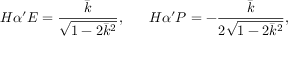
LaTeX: H \alpha ^ { \prime } E = \frac { \bar { k } } { \sqrt { 1 - 2 \bar { k } ^ { 2 } } } , \; \; \; \; \; \; H \alpha ^ { \prime } P = - \frac { \bar { k } } { 2 \sqrt { 1 - 2 \bar { k } ^ { 2 } } } ,